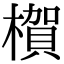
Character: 𪳺